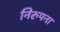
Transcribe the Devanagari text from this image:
निरुपना